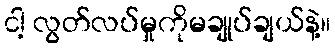
ငါ့ လွတ်လပ်မှုကိုမချုပ်ချယ်နဲ့။